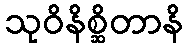
သုဝိနိစ္ဆိတာနိ